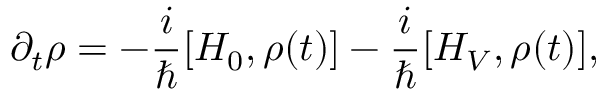
\partial _ { t } \rho = - \frac { i } { \hbar } [ H _ { 0 } , \rho ( t ) ] - \frac { i } { \hbar } [ H _ { V } , \rho ( t ) ] ,